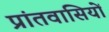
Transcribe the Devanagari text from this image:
प्रांतवासियों